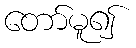
တော်မူ၍